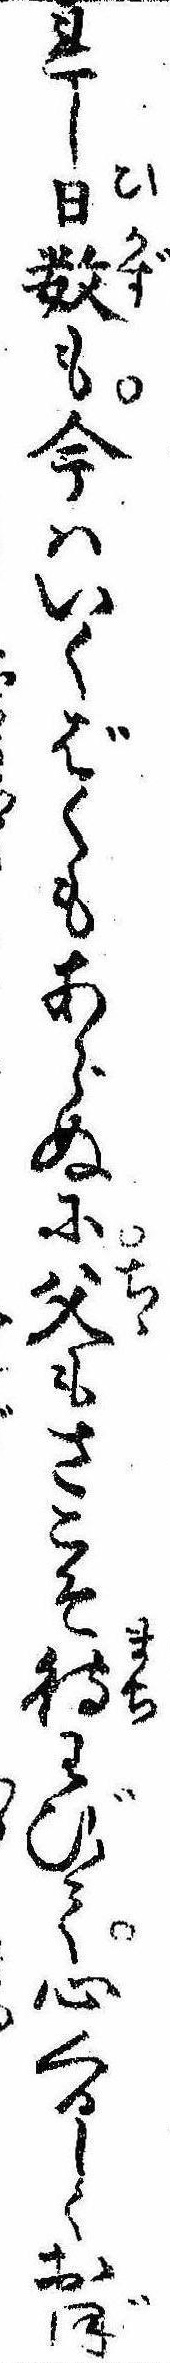
れし日数も今はいくばくもあらぬに父もさこそ待わびて心くるしくおぼ